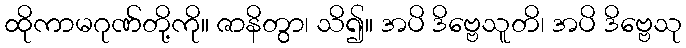
ထိုကာမဂုဏ်တို့ကို။ ဇာနိတွာ၊ သိ၍။ အပိ ဒိဗ္ဗေသူတိ၊ အပိ ဒိဗ္ဗေသု